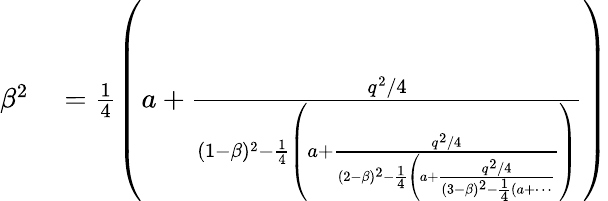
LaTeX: \begin{array}{rl}{\beta^{2}}&{{}=\frac{1}{4}\left(a+\frac{q^{2}/4}{(1-\beta)^{2}-\frac{1}{4}\left(a+\frac{q^{2}/4}{(2-\beta)^{2}-\frac{1}{4}\left(a+\frac{q^{2}/4}{(3-\beta)^{2}-\frac{1}{4}(a+\dotsi}\right.}\right)}\right)}\end{array}